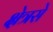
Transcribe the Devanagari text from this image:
क्षेत्रसे